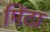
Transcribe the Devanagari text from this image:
मिंटा